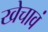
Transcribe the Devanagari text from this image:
खेचावं